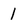
Character: 1